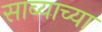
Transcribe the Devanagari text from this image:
साब्याच्या